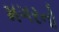
મગરનો